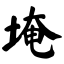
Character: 埯